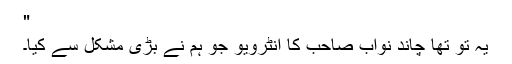
"
یہ تو تھا چاند نواب صاحب کا انٹرویو جو ہم نے بڑی مشکل سے کیا۔